Annual report of the Punjab Veterinary College and of the Civil Veterinary Department, Punjab - 1920-1925
Year: 1920
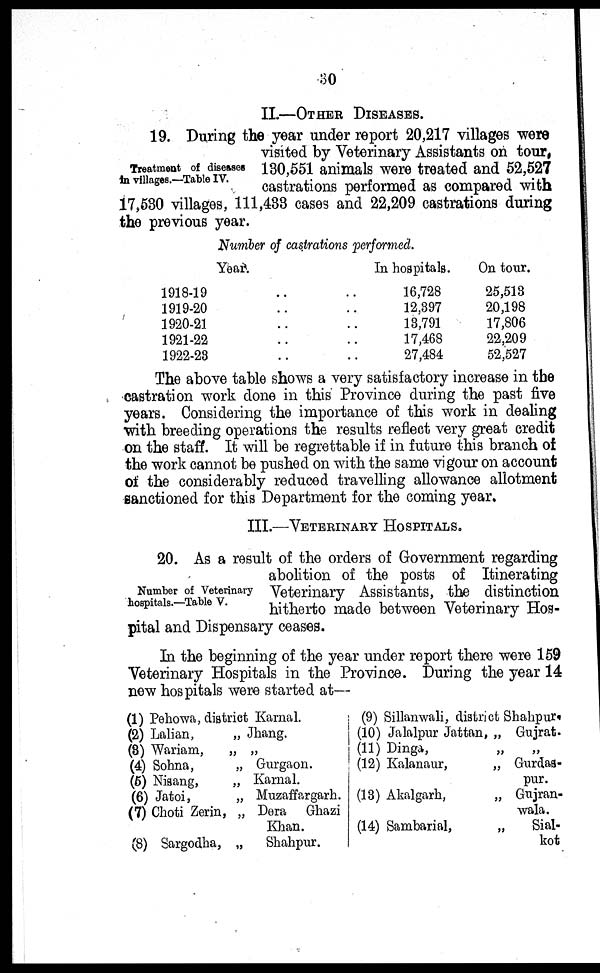
80
II.—OTHER DISEASES.
Treatment of diseases
in villages.—Table IV.
19. During the year under report 20,217 villages were
visited by Veterinary Assistants on tour,
130,551 animals were treated and 52,527
castrations performed as compared with
17,530 villages, 111,433 cases and 22,209 castrations during
the previous year.
Number of castrations performed.
Year.
1918-19 ..
1919-20 ..
1920-21 ..
1921-22 ..
1922-23 ..
In hospitals.
.. 16,728
.. 12,397
.. 13,791
.. 17,468
.. 27,484
On tour.
25,513
20,198
17,806
22,209
52,527
The above table shows a very satisfactory increase in the
castration work done in this Province during the past five
years. Considering the importance of this work in dealing
with breeding operations the results reflect very great credit
on the staff. It will be regrettable if in future this branch of
the work cannot be pushed on with the same vigour on account
of the considerably reduced travelling allowance allotment
sanctioned for this Department for the coming year.
III.—VETERINARY HOSPITALS.
Number of Veterinary
hospitals.—Table V.
20. As a result of the orders of Government regarding
abolition of the posts of Itinerating
Veterinary Assistants, the distinction
hitherto made between Veterinary Hos-
pital and Dispensary ceases.
In the beginning of the year under report there were 159
Veterinary Hospitals in the Province. During the year 14
new hospitals were started at—
(1) Pehowa, district Karnal.
(2) Lalian,
(3) Wariam,
(4) Sohna,
(5) Nisang,
(6) Jatoi,
(7) Choti Zerin,
(8) Sargodha,
„ Jhang.
" "
„ Gurgaon.
„ Karnal.
„ Muzaffargarh.
„ Dera Ghazi
Khan.
„
Shahpur.
(9) Sillanwali, district Shahpur.
(10) Jalalpur Jattan, „ Gujrat.
(11) Dinga,
(12) Kalanaur,
(13) Akalgarh,
(14) Sambarial,
„ „
„ Gurdas-
pur.
„ Gujran-
wala.
„
Sial-
kot